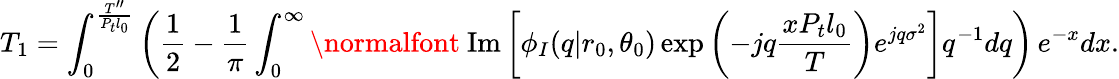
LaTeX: T_{1}=\int_{0}^{\frac{T^{\prime\prime}}{P_{t}l_{0}}}\left(\frac{1}{2}-\frac{1}{\pi}\int_{0}^{\infty}\mathrm{\normalfont~Im}\left[\phi_{I}(q|r_{0},\theta_{0})\exp\left(-jq\frac{xP_{t}l_{0}}{T}\right)e^{jq\sigma^{2}}\right]q^{-1}dq\right)\, e^{-x}dx.